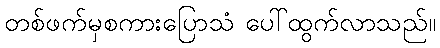
တစ်ဖက်မှစကားပြောသံ ပေါ်ထွက်လာသည်။